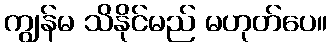
ကျွန်မ သိနိုင်မည် မဟုတ်ပေ။